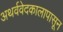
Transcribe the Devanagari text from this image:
अथर्ववेदकालापासून